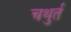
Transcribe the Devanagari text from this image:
चथुर्त